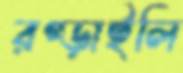
রগ্‌ড়াইলি